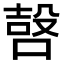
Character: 𠹢